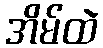
အိမ်ထဲ